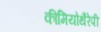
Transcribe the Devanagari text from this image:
कीमियोथैरेपी